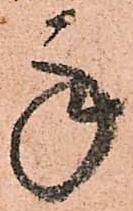
承